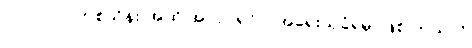
၁၀၀၀၀၀(တစ်သိန်း)အထိ အလုပ်ရှင်ပါ အရေးယူခံရမှာဖြစ် တယ်လို